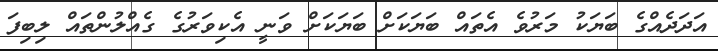
އަދަދެއްގެ ބަޔަކު މަރުވެ އެތައް ބަޔަކަށް ބަޔަކަށް ވަނީ އެކިވަރުގެ ގެއްލުންތައް ލިބިފަ